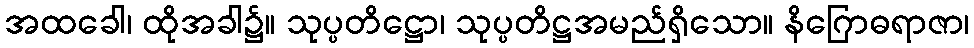
အထခေါ၊ ထိုအခါ၌။ သုပ္ပတိဋ္ဌော၊ သုပ္ပတိဋ္ဌအမည်ရှိသော။ နိဂြောဓရာဇာ၊